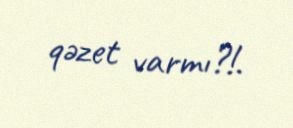
qəzet varmı?!.